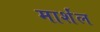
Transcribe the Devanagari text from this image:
मार्शंल